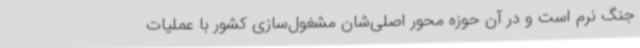
جنگ نرم است و در آن حوزه محور اصلی‌شان مشغول‌سازی کشور با عملیات